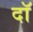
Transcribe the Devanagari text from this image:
दॉ